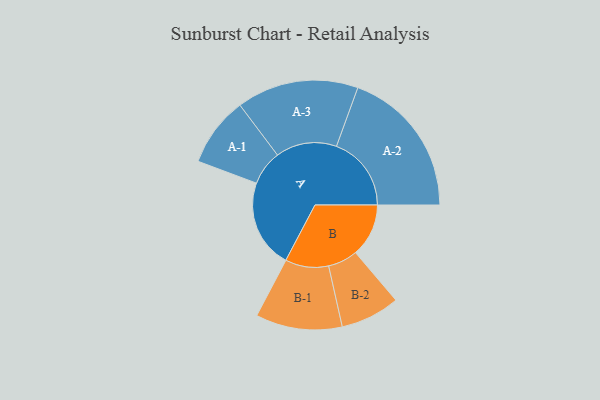
{"axis": {"x": "Segment", "y": "Value"}, "legend": ["", "A", "B"], "data": [{"x": "A", "y": 325, "type": ""}, {"x": "B", "y": 195, "type": ""}, {"x": "A-1", "y": 128, "type": "A"}, {"x": "A-2", "y": 275, "type": "A"}, {"x": "A-3", "y": 224, "type": "A"}, {"x": "B-1", "y": 159, "type": "B"}, {"x": "B-2", "y": 109, "type": "B"}]}